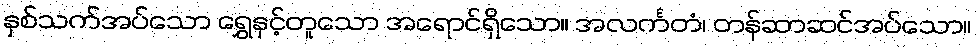
နှစ်သက်အပ်သော ရွှေနှင့်တူသော အရောင်ရှိသော။ အလင်္ကတံ၊ တန်ဆာဆင်အပ်သော။